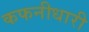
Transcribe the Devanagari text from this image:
कफनीधारी